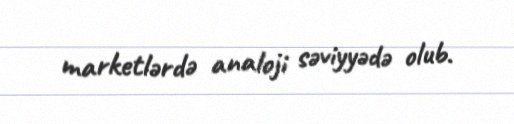
marketlərdə analoji səviyyədə olub.